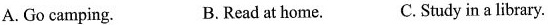
A. Go camping. B.Read at home. C. Study in a library.